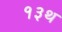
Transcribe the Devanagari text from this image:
१३थ